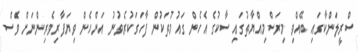
ސްރީލަންކާގައި ބޭއްވި މިރަސްމިއްޔާތުގައި ސާކުގެ އެހެން ގައުމުތަކުން ފާހަގަކުރެވުނު އަންހެން ވިޔަފާރިވެރިންނަށް ވެސް